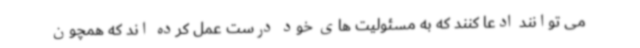
می توانند ادعا کنند که به مسئولیت های خود درست عمل کرده اند که همچون